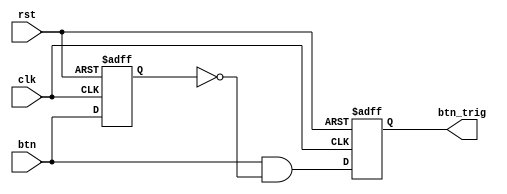
`timescale 1ns / 1ps
//////////////////////////////////////////////////////////////////////////////////
// Company: 
// Engineer: 
// 
// Design Name: 
// Module Name: oneshot_universal
// Project Name: 
// Target Devices: 
// Tool Versions: 
// Description: 
// 
// Dependencies: 
// 
// Revision:
// Revision 0.01 - File Created
// Additional Comments:
// 
//////////////////////////////////////////////////////////////////////////////////


module oneshot_universal(clk, rst, btn, btn_trig);

parameter WIDTH = 1;
input clk, rst, btn;
reg [WIDTH-1:0] btn_reg;
output reg [WIDTH-1:0] btn_trig;

always @(posedge clk or negedge rst) begin
    if(!rst) begin
        btn_reg <= {WIDTH{1'b0}};
        btn_trig <= {WIDTH{1'b0}};
    end
    else begin
        btn_reg <= btn;
        btn_trig <= btn & ~btn_reg;
    end
end
endmodule